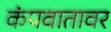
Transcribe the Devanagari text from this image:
कंपवातावर